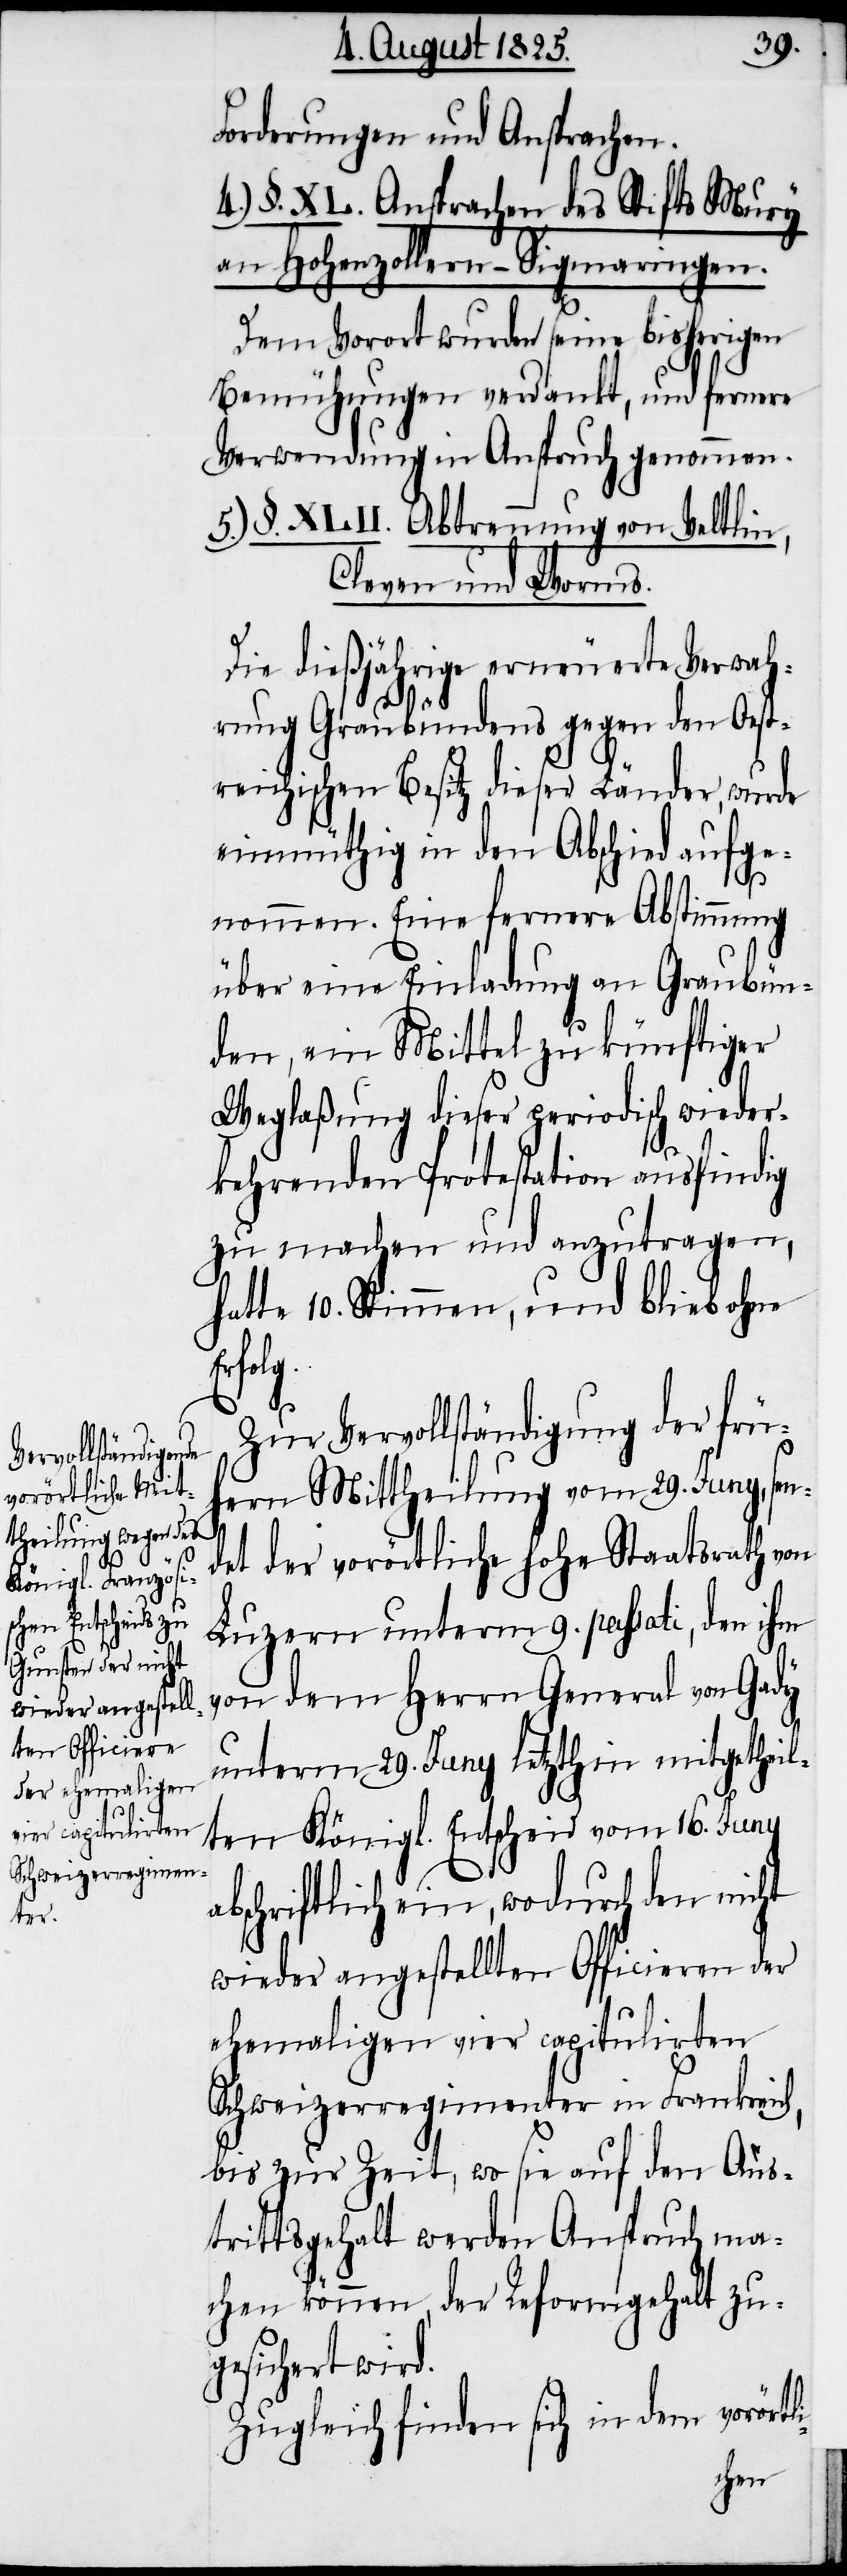
Forderungen und Ansprachen.
4.) §. XL. Ansprachen des Stifts Mury
an Hohenzollern–Sigmaringen.
Dem Vorort wurden seine bisherigen
Bemühungen verdankt, und fernere
Verwendung in Anspruch genommen.
5.) §. XLII. Abtrennung von Veltlin,
Cleven und Worms.
Die dießjährige erneuerte Verwal¬
tung Graubündens gegen den Oest¬
reichischen Besitz dieser Länder, wurde
einmüthig in den Abschied aufge¬
li-
nommen. Eine fernere Abstimmung
über eine Einladung an Graubün¬
den, ein Mittel zu künftiger
Weglaßung dieser periodisch wieder¬
kehrenden Protestation ausfindig
zu machen und anzutragen,
hatte 10. Stimmen, und blieb ohne
Erfol¬
Zur Vervollständigung der frü¬
hern Mittheilung vom 29. Juny, sen¬
det der vorörtliche hohe Staatsrath von
Luzern unterm 9. passati, den ihm
von dem Herrn General von Gady
unterm 29. Juny letzthin mitgetheil¬
ten Königl. Entscheid vom 16. Juny
abschriftlich ein, wodurch den nicht
wieder angestellten Officieren der
ehemaligen vier capitulirten
Schweizerregimenter in Frankreich,
bis zur Zeit, wo sie auf den Aus¬
trittsgehalt werden Anspruch ma¬
chen können, der Reformgehalt zu¬
gesichert wird.
vorört¬
Zugleich finden sich in dem